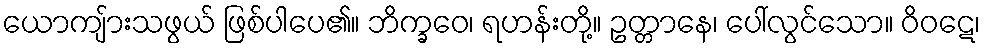
ယောကျ်ားသဖွယ် ဖြစ်ပါပေ၏။ ဘိက္ခဝေ၊ ရဟန်းတို့။ ဥတ္တာနေ၊ ပေါ်လွင်သော။ ဝိဝဋေ၊